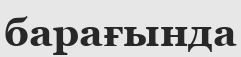
барағында